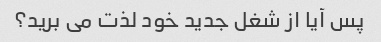
پس آیا از شغل جدید خود لذت می برید؟